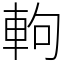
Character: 軥